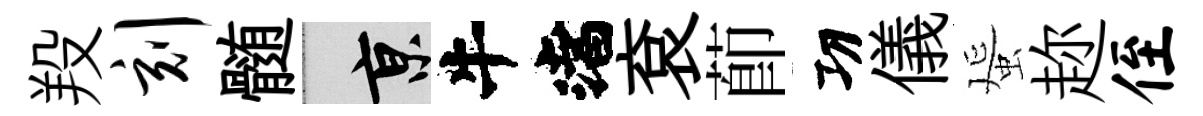
羖刻髄京渚袞莭㓛儀蜑趂侄